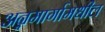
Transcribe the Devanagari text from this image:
अन्नमार्गामधील